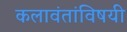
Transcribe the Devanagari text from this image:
कलावंतांविषयी